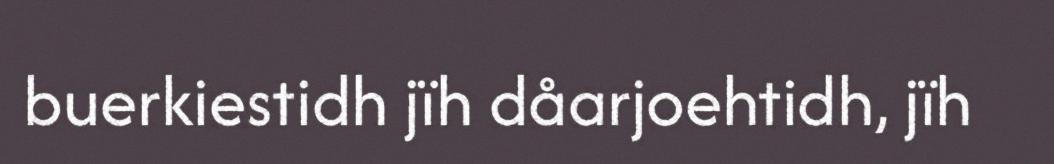
buerkiestidh jïh dåarjoehtidh, jïh